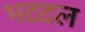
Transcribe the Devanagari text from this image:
भटटल